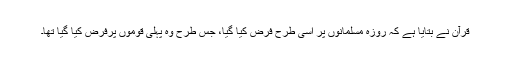
قرآن نے بتایا ہے کہ روزہ مسلمانوں پر اُسی طرح فرض کیا گیا، جس طرح وہ پہلی قوموں پرفرض کیا گیا تھا۔